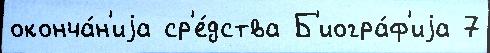
оконча́н'иjа ср'е́дства Б'иогра́ф'иjа 7